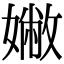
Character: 𡡹